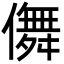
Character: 儛